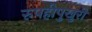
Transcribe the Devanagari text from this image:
रुपहीपुखुरी